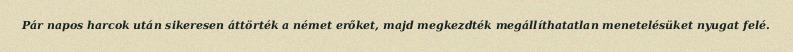
Pár napos harcok után sikeresen áttörték a német erőket, majd megkezdték megállíthatatlan menetelésüket nyugat felé.